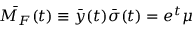
\bar { { \cal M } _ { F } } ( t ) \equiv \bar { y } ( t ) \bar { \sigma } ( t ) = e ^ { t } \mu